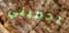
يحميني